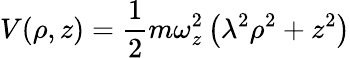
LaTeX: V(\rho,z)=\frac{1}{2}m\omega_{z}^{2}\left(\lambda^{2}\rho^{2}+z^{2}\right)